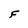
Character: F